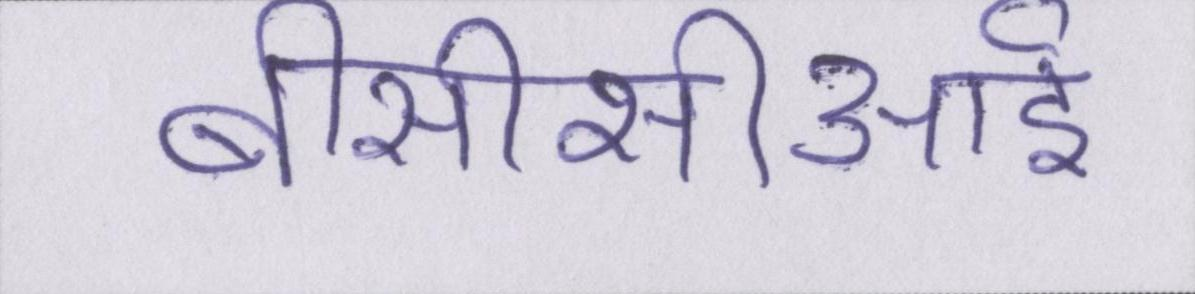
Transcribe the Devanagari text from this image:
बीसीसीआई